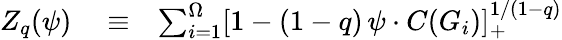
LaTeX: \begin{array}{rlr}{Z_{q}(\psi)}&{{}\equiv}&{\sum_{i=1}^{\Omega}[1-(1-q)\, \psi\cdot C(G_{i})]_{+}^{1/(1-q)}}\end{array}